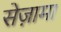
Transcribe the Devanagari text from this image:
सेज़ामा